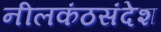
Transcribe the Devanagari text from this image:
नीलकंठसंदेश